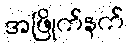
အဖြိုက်နက်